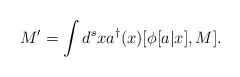
\begin{align*}M^\prime = \int{d^s}x{a^\dagger}(x)[\phi[a|x],M].\end{align*}